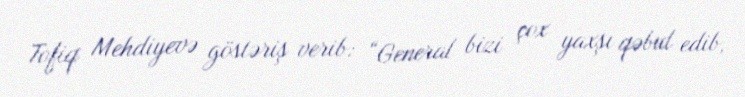
Tofiq Mehdiyevə göstəriş verib: “General bizi çox yaxşı qəbul edib,